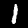
Digit: 1